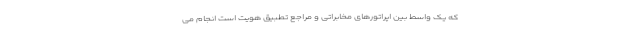
که یک واسط بین اپراتورهای مخابراتی و مراجع تطبیق هویت است انجام می